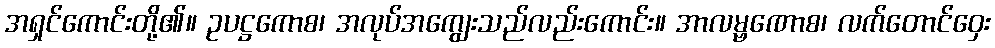
အရှင်ကောင်းတို့၏။ ဥပဋ္ဌကောစ၊ အလုပ်အကျွေးသည်လည်းကောင်း။ အာလမ္ဗဏောစ၊ လက်တောင်ဝှေး